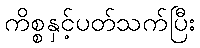
ကိစ္စနှင့်ပတ်သက်ပြီး